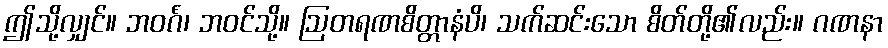
ဤသို့လျှင်။ ဘဝင်္ဂံ၊ ဘဝင်သို့။ ဩတရဏစိတ္တာနံပိ၊ သက်ဆင်းသော စိတ်တို့၏လည်း။ ဂဏနာ